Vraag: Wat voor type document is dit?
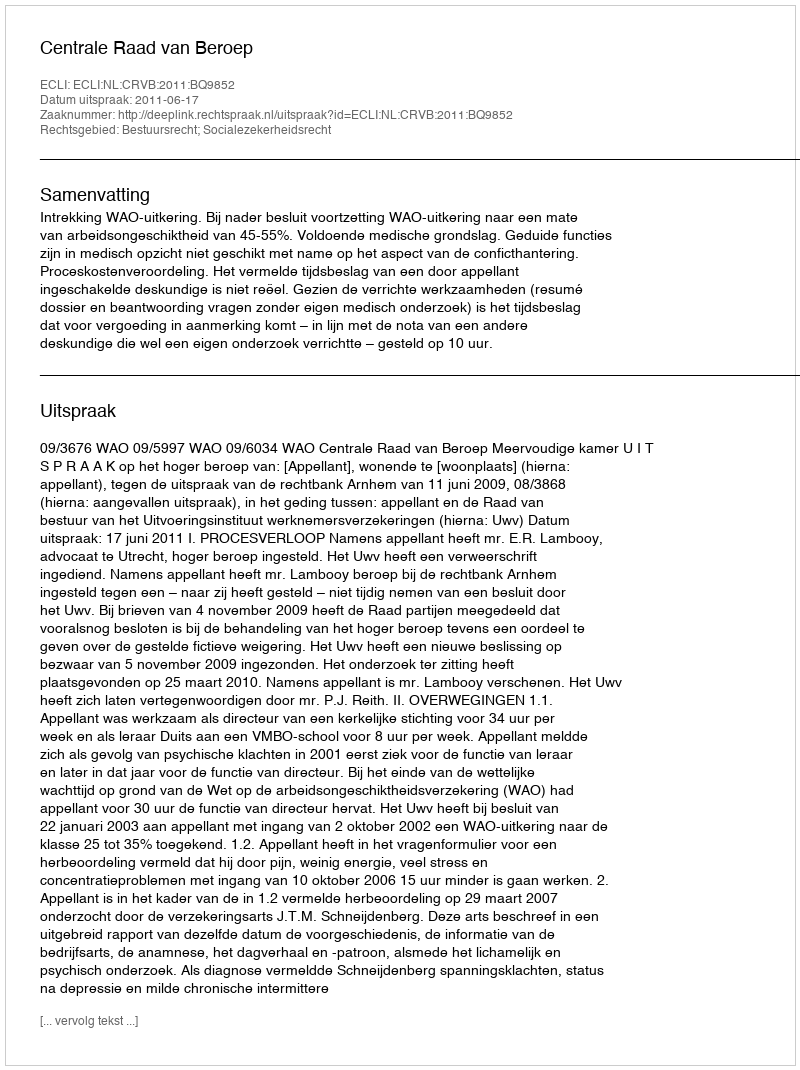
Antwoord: Uitspraak